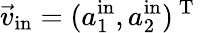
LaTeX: \vec{v}_{\mathrm{in}}=(a_{1}^{\mathrm{in}},a_{2}^{\mathrm{in}})^{\mathrm{~T~}}